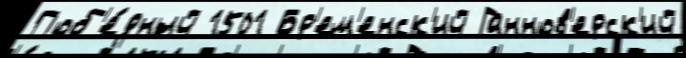
Поб'е́дный 1501 Бр'ем'енск'ий Ганнов'ерск'ий